Civil Veterinary Dept. Assam report 1911-1927 - 1911-1927
Year: 1911
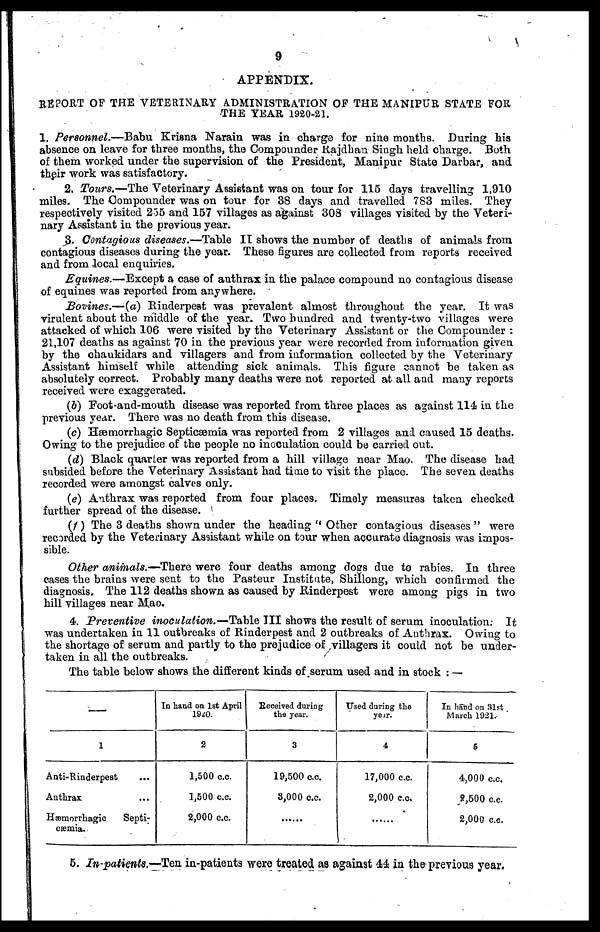
9
APPENDIX.
REPORT OF THE VETERINARY ADMINISTRATION OF THE MANIPUR STATE FOR
THE YEAR 1920-21.
1. Personnel.—Babu Kriana Narain was in charge for nine months. During his
absence on leave for three months, the Compounder Rajdhan Singh held charge. Both
of them worked under the supervision of the President, Manipur State Darbar, and
their work was satisfactory.
2. Tours.—The Veterinary Assistant was on tour for 115 days travelling 1,910
miles. The Compounder was on tour for 38 days and travelled 783 miles. They
respectively visited 255 and 157 villages as against 303 villages visited by the Veteri-
nary Assistant in the previous year.
3. Contagious diseases.—Table II shows the number of deaths of animals from
contagious diseases during the year. These figures are collected from reports received
and from local enquiries.
Equines.—Except a case of anthrax in the palace compound no contagious disease
of equines was reported from anywhere.
Bovines.—(a) Rinderpest was prevalent almost throughout the year. It was
virulent about the middle of the year. Two hundred and twenty-two villages were
attacked of which 106 were visited by the Veterinary Assistant or the Compounder :
21,107 deaths as against 70 in the previous year were recorded from information given
by the chaukidars and villagers and from information collected by the Veterinary
Assistant himself while attending sick animals. This figure cannot be taken as
absolutely correct. Probably many deaths were not reported at all and many reports
received were exaggerated.
(b) Foot-and-mouth disease was reported from three places as against 114 in the
previous year. There was no death from this disease.
(c) Hæmorrhagic Septicæmia was reported from 2 villages and caused 15 deaths.
Owing to the prejudice of the people no inoculation could be carried out.
(d) Black quarter was reported from a hill village near Mao. The disease had
subsided before the Veterinary Assistant had time to visit the place. The seven deaths
recorded were amongst calves only.
(e) Anthrax was reported from four places. Timely measures taken checked
further spread of the disease.
(f) The 3 deaths shown under the heading " Other contagious diseases" were
recorded by the Veterinary Assistant while on tour when accurate diagnosis was impos-
sible.
Other animals.—There were four deaths among dogs due to rabies. In three
cases the brains were sent to the Pasteur Institute, Shillong, which confirmed the
diagnosis. The 112 deaths shown as caused by Rinderpest were among pigs in two
hill villages near Mao.
4. Preventive inoculation.—Table III shows the result of serum inoculation; It
was undertaken in 11 outbreaks of Rinderpest and 2 outbreaks of Anthrax. Owing to
the shortage of serum and partly to the prejudice of villagers it could not be under-
taken in all the outbreaks.
The table below shows the different kinds of 3serum used and in stock : —
––
1
Anti-Rinderpest ...
Anthrax ...
Hæmorrhagic
Septi-
cæmia.
In hand on 1st April
1920.
2
1,500 c.c.
1,500 c.c.
2,000 c.c.
Received during
the year.
3
19,500 c.c.
3,000 c.c.
......
Used during the
year.
4
17,000 c.c.
2,000 c.c,
......
In hand on 31st
March 1921.
5
4,000 c.c.
2,500 c.c.
2,000 c.c.
5. Inpatients.—Ten in-patients were treated as against 44 in the previous year.